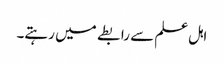
اہل علم سے رابطے میں رہتے۔